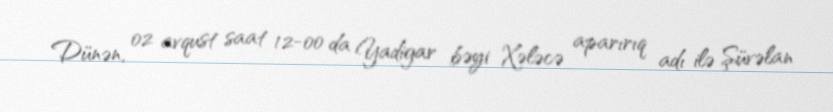
Dünən, 02 avqust saat 12-00 da Yadigar bəyi Xələcə aparırıq adı ilə Şüvəlan